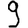
Digit: 9